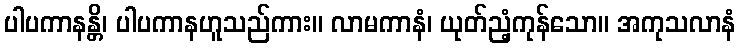
ပါပကာနန္တိ၊ ပါပကာနဟူသည်ကား။ လာမကာနံ၊ ယုတ်ညံ့ကုန်သော။ အကုသလာနံ